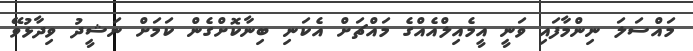
މައްސަލަ ނިންމާފައި ވަނީ އީމެއިލްއެއްގެ މައްޗަށް އެކަނި ބިނާކޮށްގެން ކަމަށް ނަޝީދު ވިދާޅުވޭ